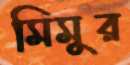
মিমুর